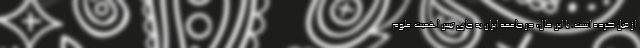
از قبل کرده است. با این حال، در جامعه ایران به جای تبیین اهمیت علوم